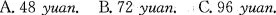
A.48yuan.B.72yuan.C.96 yuan.